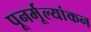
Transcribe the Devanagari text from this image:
पूनर्मूल्यांकन